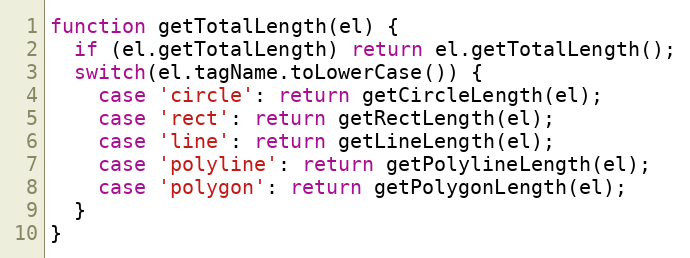
Language: JavaScript
function getTotalLength(el) {
  if (el.getTotalLength) return el.getTotalLength();
  switch(el.tagName.toLowerCase()) {
    case 'circle': return getCircleLength(el);
    case 'rect': return getRectLength(el);
    case 'line': return getLineLength(el);
    case 'polyline': return getPolylineLength(el);
    case 'polygon': return getPolygonLength(el);
  }
}